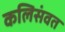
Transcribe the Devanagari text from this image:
कलिसंवत